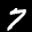
Label: 7